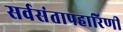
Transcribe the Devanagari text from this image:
सर्वसंतापहारिणी